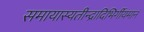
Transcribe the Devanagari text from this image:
समायास्यतीन्द्रादिभिर्गीयमानं